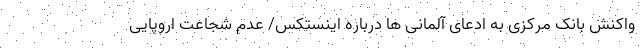
واکنش بانک مرکزی به ادعای آلمانی ها درباره اینستکس/ عدم شجاعت اروپایی